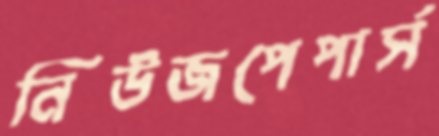
নিউজপেপার্স